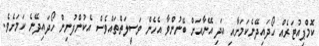
ކޮމްޕިއުޓަރެއް ހޯދައިދޭނެކަމަށާއި އަދި އޭނާއަށް ބޭނުންވާ އެހެން ވަސީލަތްތައްވެސް އެކުންފުނިން ހޯދައިދޭނެ ކަމަށެވެ.